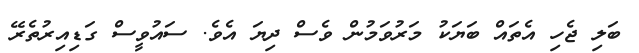
ބަލި ޖެހި އެތައް ބަޔަކު މަރުވަމުން ވެސް ދިޔަ އެވެ. ސައުވީސް ގަޑިއިރުތެރޭ